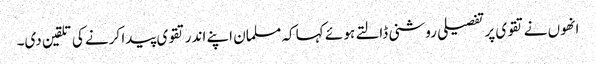
انھوں نے تقوی پر تفصیلی روشنی ڈالتے ہو ئے کہا کہ مسلمان اپنے اندر تقوی پیدا کرنے کی تلقین دی۔